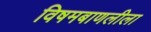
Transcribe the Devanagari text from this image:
विषमबाणलीला